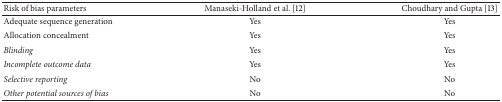
<table><thead><tr><td><b>Risk of bias parameters</b></td><td><b>Manaseki-Holland et al. [12]</b></td><td><b>Choudhary and Gupta [13]</b></td></tr></thead><tbody><tr><td>Adequate sequence generation</td><td>Yes</td><td>Yes</td></tr><tr><td>Allocation concealment</td><td>Yes</td><td>Yes</td></tr><tr><td><i>Blinding </i></td><td>Yes</td><td>Yes</td></tr><tr><td><i>Incomplete outcome data </i></td><td>Yes</td><td>Yes</td></tr><tr><td><i>Selective reporting </i></td><td>No</td><td>No</td></tr><tr><td><i>Other potential sources of bias </i></td><td>No</td><td>No</td></tr></tbody></table>